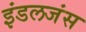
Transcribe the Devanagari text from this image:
इंडलजंस